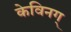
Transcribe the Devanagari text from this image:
केविनग्